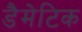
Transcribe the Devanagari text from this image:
डैमेटिक